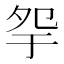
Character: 𡖏